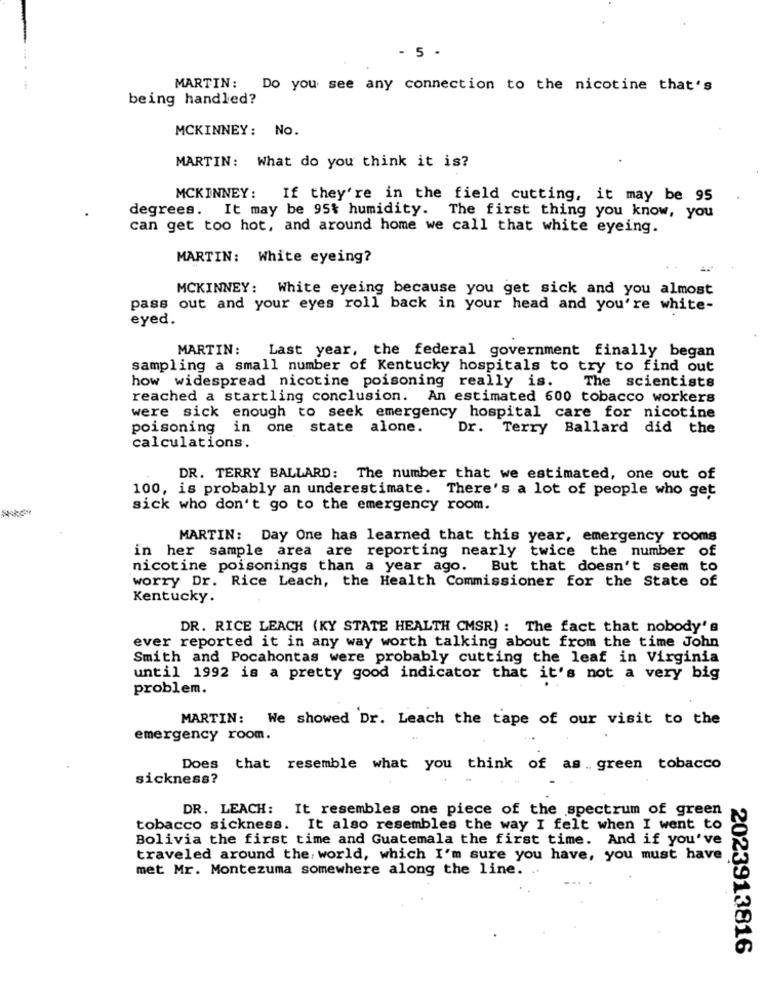
- 5 .
MARTIN: Do you see any connection to the nicotine that's
being handled?
MCKINNEY: No.
MARTIN: What do you think it is?
MCKINNEY :
If they're in the field cutting, it may be 95
degrees. It may be 95% humidity. The first thing you know, you
can get too hot, and around home we call that white eyeing.
MARTIN: White eyeing?
MCKINNEY: White eyeing because you get sick and you almost
pass out and your eyes roll back in your head and you're white-
eyed.
MARTIN:
Last year, the federal government finally began
sampling a small number of Kentucky hospitals to try to find out
how widespread nicotine poisoning really is.
The scientists
reached a startling conclusion. An estimated 600 tobacco workers
were sick enough to seek emergency hospital care for nicotine
poisoning in one state alone.
Dr. Terry Ballard did the
calculations.
DR. TERRY BALLARD: The number that we estimated, one out of
100, is probably an underestimate. There's a lot of people who get
sick who don't go to the emergency room.
MARTIN: Day One has learned that this year, emergency rooms
in her sample area are reporting nearly twice the number of
nicotine poisonings than a year ago. But that doesn't seem to
worry Dr. Rice Leach, the Health Commissioner for the State of
Kentucky.
DR. RICE LEACH (KY STATE HEALTH CMSR) : The fact that nobody's
ever reported it in any way worth talking about from the time John
Smith and Pocahontas were probably cutting the leaf in Virginia
until 1992 is a pretty good indicator that it's not a very big
problem.
MARTIN: We showed Dr. Leach the tape of our visit to the
emergency room.
Does that resemble what you think of as . green tobacco
sickness?
DR. LEACH: It resembles one piece of the spectrum of green
tobacco sickness. It also resembles the way I felt when I went to
Bolivia the first time and Guatemala the first time. And if you've
traveled around the world, which I'm sure you have, you must have
met Mr. Montezuma somewhere along the line.
2023913816